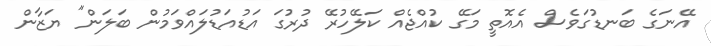
އޭނަގެ ބަނޑުގަވެސް އެއޮތީ މަގޭ ކުއްޖެއް ކަލޭހުރޭ ދުރުގަ އަޑުއަޑުލައްވަމުން ބަލަން" ޔަޒާން